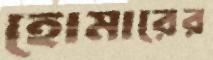
হোমারের